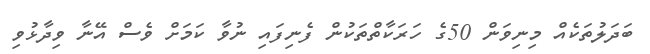
ބަދަލުތަކެއް މިނިވަން 50ގެ ހަރަކާތްތަކުން ފެނިފައި ނުވާ ކަމަށް ވެސް އޭނާ ވިދާޅުވި